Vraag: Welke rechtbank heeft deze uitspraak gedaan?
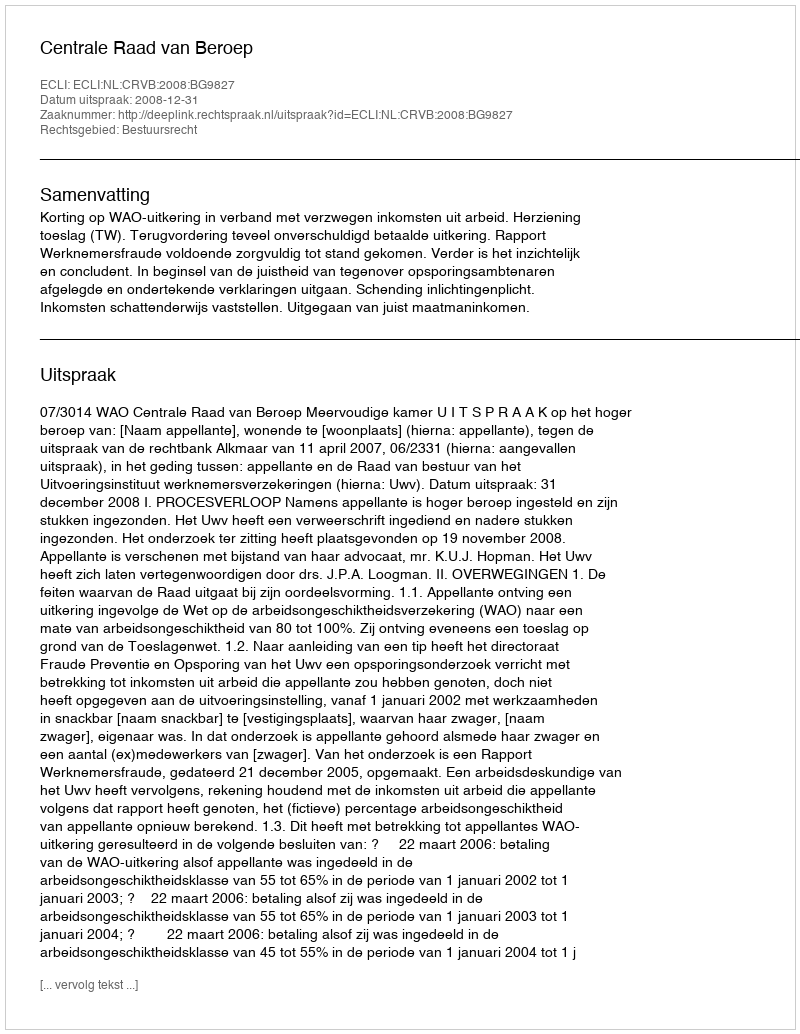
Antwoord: Centrale Raad van Beroep